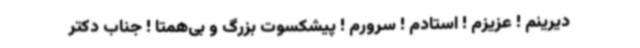
دیرینم ! عزیزم ! استادم ! سرورم ! پیشکسوت بزرگ و بی‌همتا ! جناب دکتر